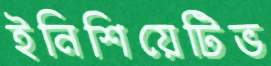
ইনিশিয়েটিভ